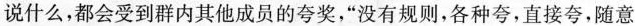
说什么，都会受到群内其他成员的夸奖，”没有规则，各种夸，直接夸，随意